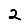
Digit: 2